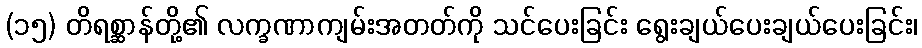
(၁၅) တိရစ္ဆာန်တို့၏ လက္ခဏာကျမ်းအတတ်ကို သင်ပေးခြင်း ရွေးချယ်ပေးချယ်ပေးခြင်း၊